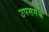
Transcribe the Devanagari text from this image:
उपसर्गक